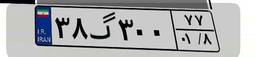
۴۳گ۰۰۲۱۵